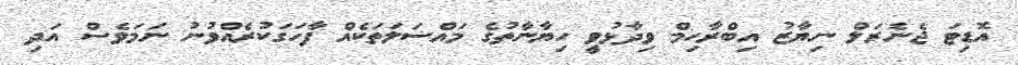
އޮޑިޓަ ޖެނެރަލް ނިޔާޒު އިބްރާހިމް ވިދާޅުވީ ހިޔާނާތުގެ މައްސަލަތަކެއް ފާހަގަކުރެއްވުނު ނަމަވެސް އަދި